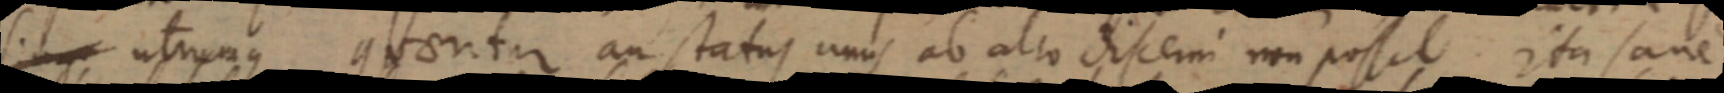
sing utrunque quantur an status unus ab alto discerni non possit ita sane